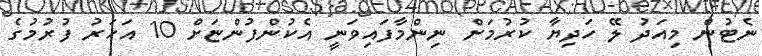
ނެޓުން މިއަދު ލޭ ހަދިޔާ ކުރުމަށް ނިންމާފައިވަނީ އެކުންފުންޏަށް 10 އަހަރު ފުރުމުގެ